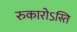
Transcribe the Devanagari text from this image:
रुकारोऽस्ति